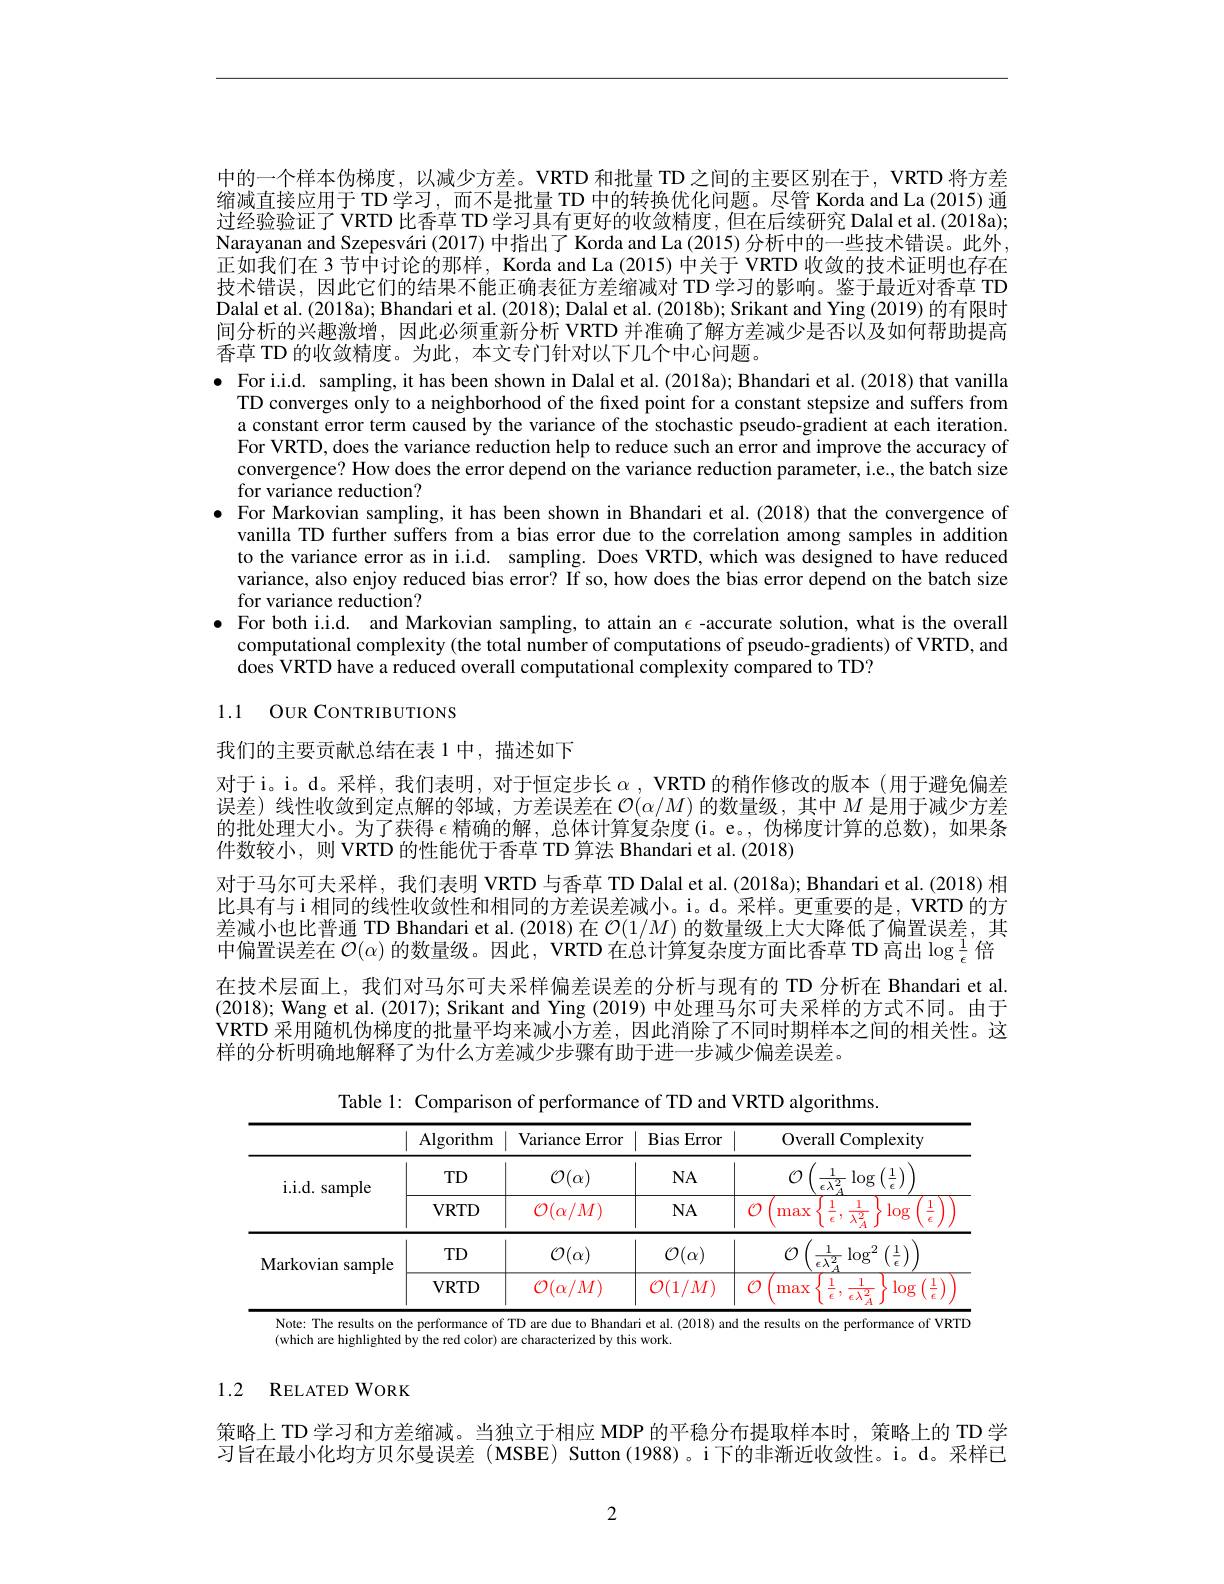
中的一个样本伪梯度，以减少方差。VRTD 和批量 TD 之间的主要区别在于，VRTD 将方差缩减直接应用于 TD 学习，而不是批量 TD 中的转换优化问题。尽管 Korda and La (2015) 通过经验验证了 VRTD 比香草 TD 学习具有更好的收敛精度，但在后续研究 Dalal et al. (2018a); Narayanan and Szepesvári (2017) 中指出了 Korda and La (2015) 分析中的一些技术错误。此外， 正如我们在 3 节中讨论的那样，Korda and La (2015) 中关于 VRTD 收敛的技术证明也存在技术错误，因此它们的结果不能正确表征方差缩减对 TD 学习的影响。鉴于最近对香草 TD Dalal et al. (2018a); Bhandari et al. (2018); Dalal et al. (2018b); Srikant and Ying (2019) 的有限时间分析的兴趣激增，因此必须重新分析 VRTD 并准确了解方差减少是否以及如何帮助提高香草 TD 的收敛精度。为此，本文专门针对以下几个中心问题。
$\bullet$ For i.i.d. sampling, it has been shown in Dalal et al. (2018a); Bhandari et al. (2018) that vanilla
TD converges only to a neighborhood of the fixed point for a constant stepsize and suffers from a constant error term caused by the variance of the stochastic pseudo-gradient at each iteration. For VRTD, does the variance reduction help to reduce such an error and improve the accuracy of convergence? How does the error depend on the variance reduction parameter, i.e., the batch size for variance reduction?
$\bullet$ For Markovian sampling, it has been shown in Bhandari et al.(2018) that the convergence of
vanilla TD further suffers from a bias error due to the correlation among samples in addition to the variance error as in i.i.d. sampling. Does VRTD, which was designed to have reduced variance, also enjoy reduced bias error? If so, how does the bias error depend on the batch size for variance reduction?
$\bullet$ For both i.i.d. and Markovian sampling, to attain an $\epsilon$ -accurate solution, what is the overall
computational complexity (the total number of computations of pseudo-gradients) of VRTD, and
does VRTD have a reduced overall computational complexity compared to TD?

# 1.1 OUR CONTRIBUTIONS

我们的主要贡献总结在表 1 中，描述如下

对于i。i。d。采样，我们表明，对于恒定步长$\alpha , \textbf{VRTD 的 稍 作 修 改 的 版 本 ( 用 于 避 免 偏 差 }$ 误差)线性收敛到定点解的邻域，方差误差在$\mathcal{O}(\alpha/M)$的数量级，其中$M$是用于减少方差的批处理大小。为了获得 $\epsilon$精确的解，总体计算复杂度(i。e。,伪梯度计算的总数),如果条件数较小，则 VRTD 的性能优于香草 TD 算法 Bhandari et al. (2018)
对于马尔可夫采样，我们表明 VRTD 与香草 TD Dalal et al. (2018a); Bhandari et al. (2018) 相比具有与i相同的线性收敛性和相同的方差误差减小。i。d。采样。更重要的是，VRTD 的方差减小也比普通 TD Bhandari et al.(2018) 在$\mathcal{O}(1/M)$的数量级上大大降低了偏置误差，其中偏置误差在$\mathcal{O}(\alpha)$的数量级。因此，VRTD 在总计算复杂度方面比香草 TD 高出$\log\frac1\epsilon$倍在技术层面上，我们对马尔可夫采样偏差误差的分析与现有的 TD 分析在 Bhandari et al. (2018); Wang et al. (2017); Srikant and Ying (2019) 中处理马尔可夫采样的方式不同。由于VRTD 采用随机伪梯度的批量平均来减小方差，因此消除了不同时期样本之间的相关性。这样的分析明确地解释了为什么方差减少步骤有助于进一步减少偏差误差。

Table 1: Comparison of performance of TD and VRTD algorithms.

<table>
	<tbody>
		<tr>
			<th> </th>
			<th>Algorithm</th>
			<th>Variance Error </th>
			<th>Bias Error</th>
			<th>Overall Complexity</th>
		</tr>
		<tr>
			<td rowspan="2">i. i. d. sample</td>
			<td>$TD$</td>
			<td>$\mathcal{O}(\alpha)$</td>
			<td>$NA$</td>
			<td>$\log$ $\left(\frac{1}{\epsilon}\right)$ 1 12</td>
		</tr>
		<tr>
			<td>$VRTD$</td>
			<td>$\mathcal{O}(\alpha/M)$</td>
			<td>$NA$</td>
			<td>$\overline{\left\{\frac1\epsilon,\frac1{\lambda_A^2}\right\}}$ $\log$ $\frac1\epsilon$ max</td>
		</tr>
		<tr>
			<td rowspan="2">Markovian sample</td>
			<td>$TD$</td>
			<td>$\mathcal{O}(\alpha)$</td>
			<td>$\mathcal{O}(\alpha)$</td>
			<td>$\left(\frac{1}{\epsilon}\right)$ 1 $\log^2$ $c\lambda2$</td>
		</tr>
		<tr>
			<td>$VRTD$</td>
			<td>$\mathcal{O}(\alpha$, $^{\prime}M$ '</td>
			<td>$\mathcal{O}(1$ $M$</td>
			<td>11 1 $\log$ $\left(\frac{1}{2}\right)$ max</td>
		</tr>
	</tbody>
</table>
Bhandari et al. (2018) and the results on the performance of VRTD

Note: The results on the performance of TD are due

(which are highlighted by the red color) are characterized by this work.

## 1.2 RELATED WORK

策略上 TD 学习和方差缩减。当独立于相应 MDP 的平稳分布提取样本时，策略上的 TD 学习旨在最小化均方贝尔曼误差(MSBE) Sutton(1988)。i下的非渐近收敛性。i。d。采样已

2